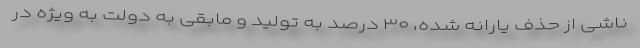
ناشی از حذف یارانه شده، ۳۰ درصد به تولید و مابقی به دولت به ویژه در